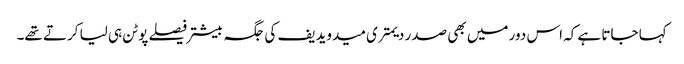
کہا جاتا ہے کہ اس دور میں بھی صدر دیمتری میدویدیف کی جگہ بیشتر فیصلے پوٹن ہی لیا کرتے تھے۔